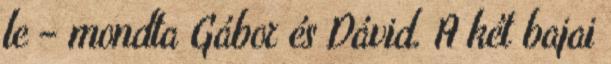
le – mondta Gábor és Dávid. A két bajai